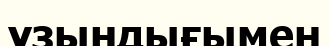
үзындығымен